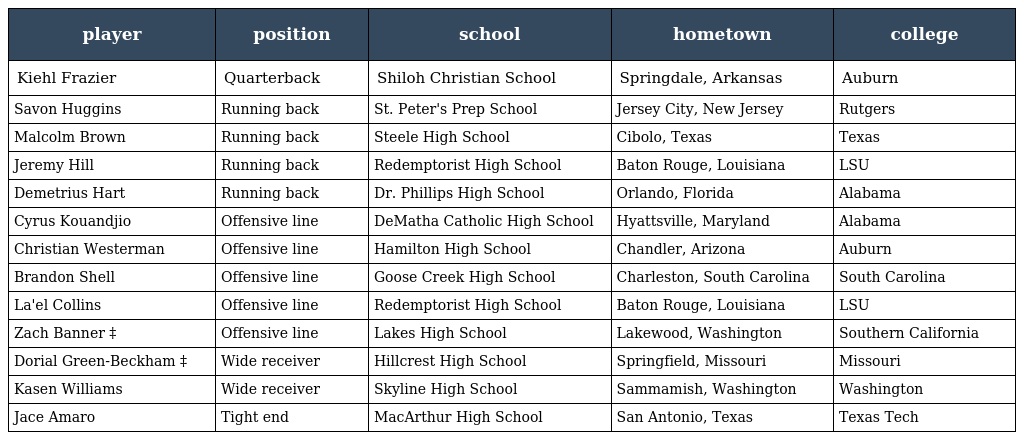
| player | position | school | hometown | college |
 | --- | --- | --- | --- | --- |
 | Kiehl Frazier | Quarterback | Shiloh Christian School | Springdale, Arkansas | Auburn |
 | Savon Huggins | Running back | St. Peter's Prep School | Jersey City, New Jersey | Rutgers |
 | Malcolm Brown | Running back | Steele High School | Cibolo, Texas | Texas |
 | Jeremy Hill | Running back | Redemptorist High School | Baton Rouge, Louisiana | LSU |
 | Demetrius Hart | Running back | Dr. Phillips High School | Orlando, Florida | Alabama |
 | Cyrus Kouandjio | Offensive line | DeMatha Catholic High School | Hyattsville, Maryland | Alabama |
 | Christian Westerman | Offensive line | Hamilton High School | Chandler, Arizona | Auburn |
 | Brandon Shell | Offensive line | Goose Creek High School | Charleston, South Carolina | South Carolina |
 | La'el Collins | Offensive line | Redemptorist High School | Baton Rouge, Louisiana | LSU |
 | Zach Banner ‡ | Offensive line | Lakes High School | Lakewood, Washington | Southern California |
 | Dorial Green-Beckham ‡ | Wide receiver | Hillcrest High School | Springfield, Missouri | Missouri |
 | Kasen Williams | Wide receiver | Skyline High School | Sammamish, Washington | Washington |
 | Jace Amaro | Tight end | MacArthur High School | San Antonio, Texas | Texas Tech |